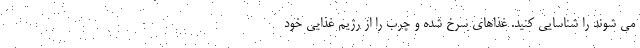
می شوند را شناسایی کنید. غذاهای سرخ شده و چرب را از رژیم غذایی خود